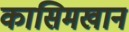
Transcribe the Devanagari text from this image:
कासिमखान